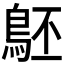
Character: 𪀇